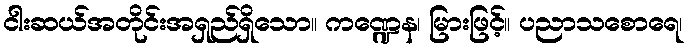
ငါးဆယ်အတိုင်းအရှည်ရှိသော။ ကဏ္ဍေန၊ မြားဖြင့်။ ပညာသစောရေ၊